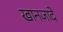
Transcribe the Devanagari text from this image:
खानजादे